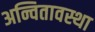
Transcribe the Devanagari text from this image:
अन्वितावस्था